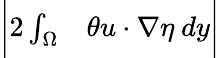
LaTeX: \begin{array}{rl}{\bigg|2\int_{\Omega}}&{{}\theta u\cdot\nabla\eta\ dy\bigg|}\end{array}